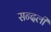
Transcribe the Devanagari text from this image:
सन्दली